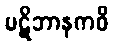
ပဋိဘာနကဝိ